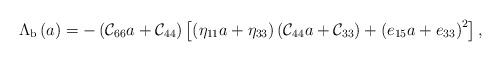
LaTeX: \begin{align*}\Lambda_{\rm b}\left(a\right)=-\left({\cal C}_{66}a+{\cal C}_{44}\right)\left[\left(\eta_{11}a+\eta_{33}\right)\left({\cal C}_{44}a+{\cal C}_{33}\right)+\left(e_{15}a+e_{33}\right)^2\right] ,\end{align*}